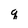
Character: q